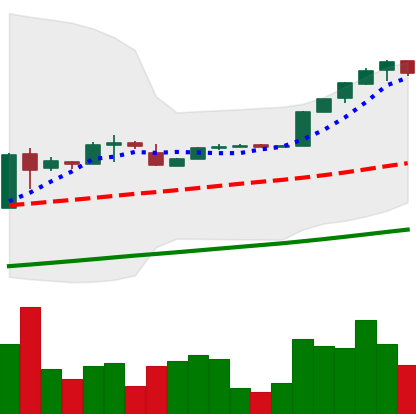
Ticker: BTC-USD
Chart end date: 2017-02-05
Forward return: -3.764%
Label: down_3_5